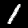
Digit: 1